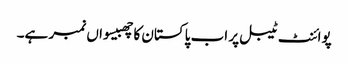
پوائنٹ ٹیبل پر اب پاکستان کا چھبیسواں نمبر ہے۔